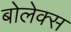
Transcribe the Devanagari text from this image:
बोलेक्स